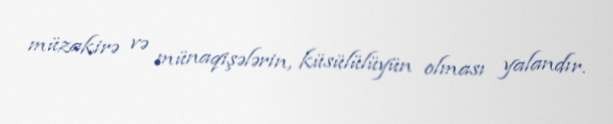
müzakirə və münaqişələrin, küsülülüyün olması yalandır.